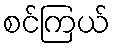
စင်ကြယ်